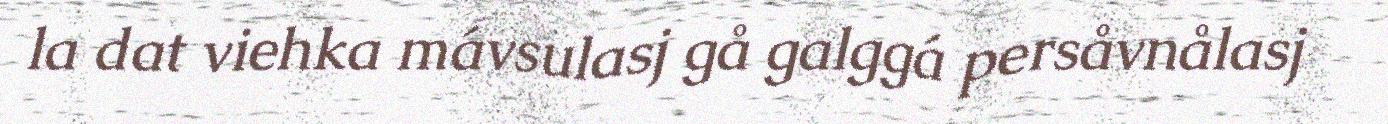
la dat viehka mávsulasj gå galggá persåvnålasj